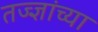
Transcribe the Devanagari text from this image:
तज्ज्ञांच्‍या